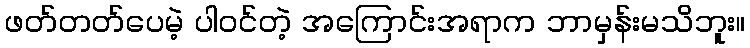
ဖတ်တတ်ပေမဲ့ ပါဝင်တဲ့ အကြောင်းအရာက ဘာမှန်းမသိဘူး။